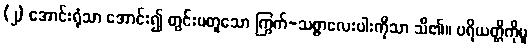
(၂) အောင်းရုံသာ အောင်း၍ တွင်းမတူသော ကြွက်-သစ္စာလေးပါးကိုသာ သိ၏။ ပရိယတ္တိကိုမူ